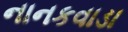
નાનકવાડા